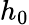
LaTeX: h_{0}